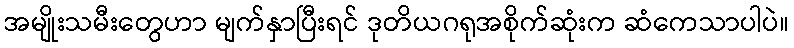
အမျိုးသမီးတွေဟာ မျက်နှာပြီးရင် ဒုတိယဂရုအစိုက်ဆုံးက ဆံကေသာပါပဲ။